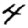
Digit: 4